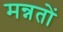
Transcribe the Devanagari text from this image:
मन्नतों